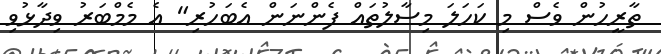
ތާރީހުން ވެސް މި ކަހަލަ މިސާލުތައް ފެންނަން އެބަހުރި" އެ މެމްބަރު ވިދާޅުވި